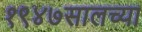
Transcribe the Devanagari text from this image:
१९४७सालच्या